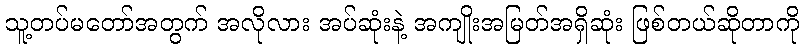
သူ့တပ်မတော်အတွက် အလိုလား အပ်ဆုံးနဲ့ အကျိုးအမြတ်အရှိဆုံး ဖြစ်တယ်ဆိုတာကို